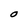
Character: O